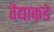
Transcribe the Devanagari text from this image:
वैद्याकडे